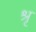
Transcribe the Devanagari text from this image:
श्रृ